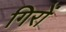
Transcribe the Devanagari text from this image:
गिरों